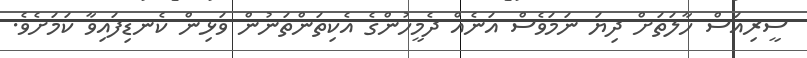
ސީރިއަސް ހާލަތަށް ދިޔަ ނަމަވެސް އަނެއް ދެމީހުންގެ އެކިތަންތަނުން ވަޅިން ކެނޑިފައިވާ ކަމަށެވެ.